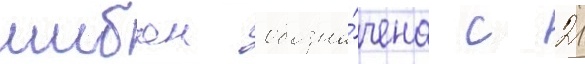
шибан обозна́чена с 21